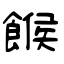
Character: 餱